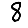
Digit: 8